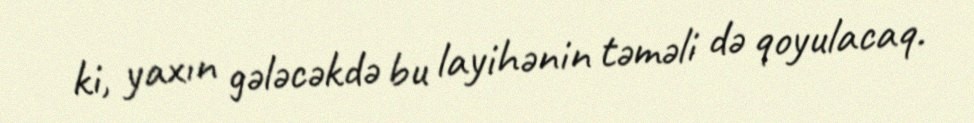
ki, yaxın gələcəkdə bu layihənin təməli də qoyulacaq.